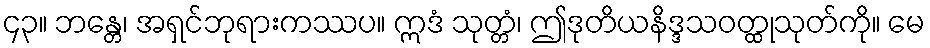
၄၃။ ဘန္တေ၊ အရှင်ဘုရားကဿပ။ ဣဒံ သုတ္တံ၊ ဤဒုတိယနိဒ္ဒသဝတ္ထုသုတ်ကို။ မေ